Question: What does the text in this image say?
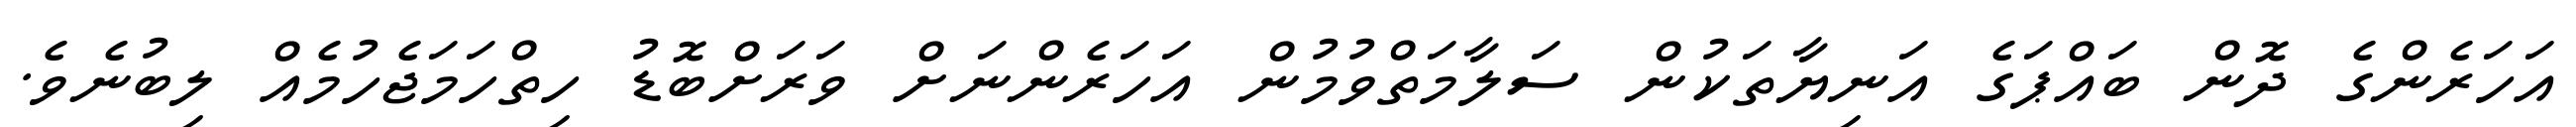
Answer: އަހަރެންގެ ދޮން ބައްޕަގެ އަނިޔާތަކުން ސަލާމަތްވުމުން އަހަރެންނަށް ވަރަށްބޮޑު ހިތްހަމަޖެހުމެއް ލިބުނެވެ.